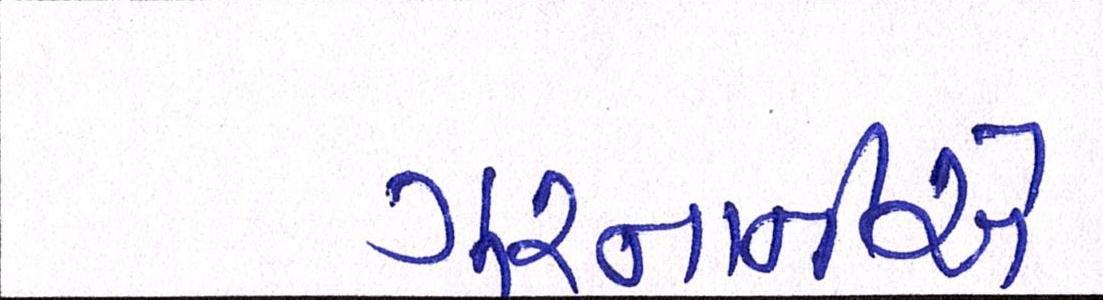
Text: ગુરનાનીએ